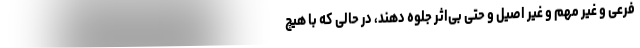
فرعی و غیر مهم و غیر اصیل و حتی بی‌اثر جلوه دهند، در حالی که با هیچ